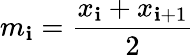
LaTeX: m_{\mathbf{i}}=\frac{{x_{\mathbf{i}}+x_{\mathbf{i}+1}}}{{2}}